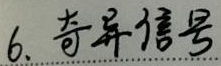
6. 奇异信号